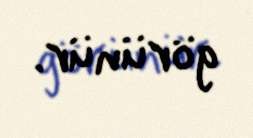
görünür.